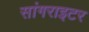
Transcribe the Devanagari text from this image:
सांगराइटर